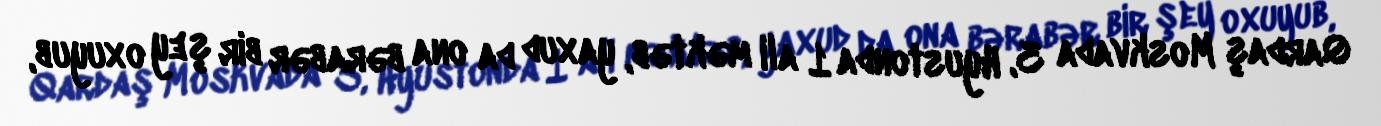
Qardaş Moskvada 3, Hyustonda 1 ali məktəb, yaxud da ona bərabər bir şey oxuyub,